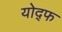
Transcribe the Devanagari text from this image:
योद्फ